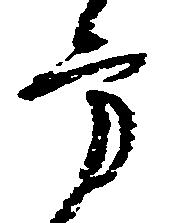
方